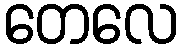
တေလေ